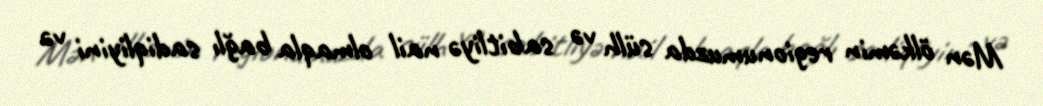
Mən ölkəmin regionumuzda sülh və sabitliyə nail olmaqla bağlı sadiqliyini və